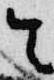
令